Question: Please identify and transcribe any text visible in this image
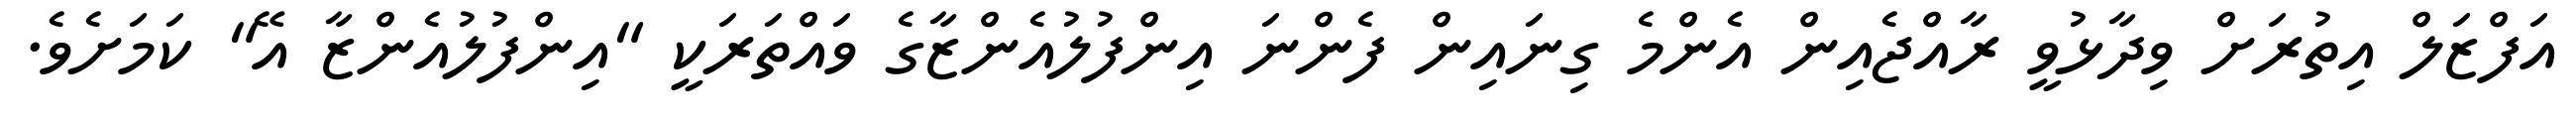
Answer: އަފްޒަލް އިތުރަށް ވިދާޅުވީ ރާއްޖެއިން އެންމެ ގިނައިން ފެންނަ އިންފުލުއެންޒާގެ ވައްތަރަކީ "އިންފުލުއެންޒާ އޭ" ކަމަށެވެ.